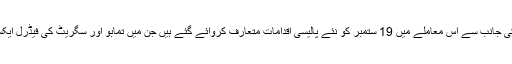
پاکستان کی نئی حکومت کی جانب سے اس معاملے میں 19 ستمبر کو نئے پالیسی اقدامات متعارف کروائے گئے ہیں جن میں تمابو اور سگریٹ کی فیڈرل ایکسائز ڈیوٹی میں اضافہ ہے۔